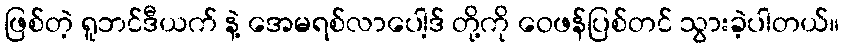
ဖြစ်တဲ့ ရူဘင်ဒီယက် နဲ့ အေမရစ်လာပေါ့ဒ် တို့ကို ဝေဖန်ပြစ်တင် သွားခဲ့ပါတယ်။